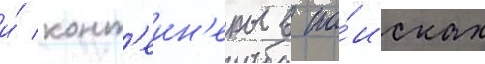
и́ конт'еин'еры в по́исках